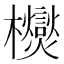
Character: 𭬿